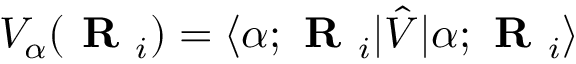
V _ { \alpha } ( \textbf { R } _ { i } ) = \langle \alpha ; \textbf { R } _ { i } | \hat { V } | \alpha ; \textbf { R } _ { i } \rangle